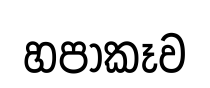
හපාකෑව